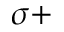
\sigma +